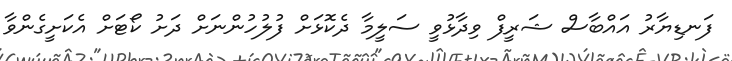
ފަނޑިޔާރު އައްބާސް ޝަރީފް ވިދާޅުވީ ސަލީމާ ދެކޮޅަށް ފުލުހުންނަށް ދަށު ކޯޓަށް އެކަށީގެންވާ